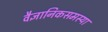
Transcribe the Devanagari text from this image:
वैज्ञानिकसमस्या